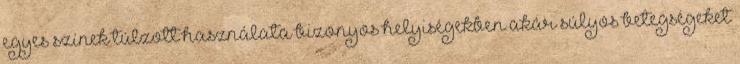
egyes színek túlzott használata bizonyos helyiségekben akár súlyos betegségeket